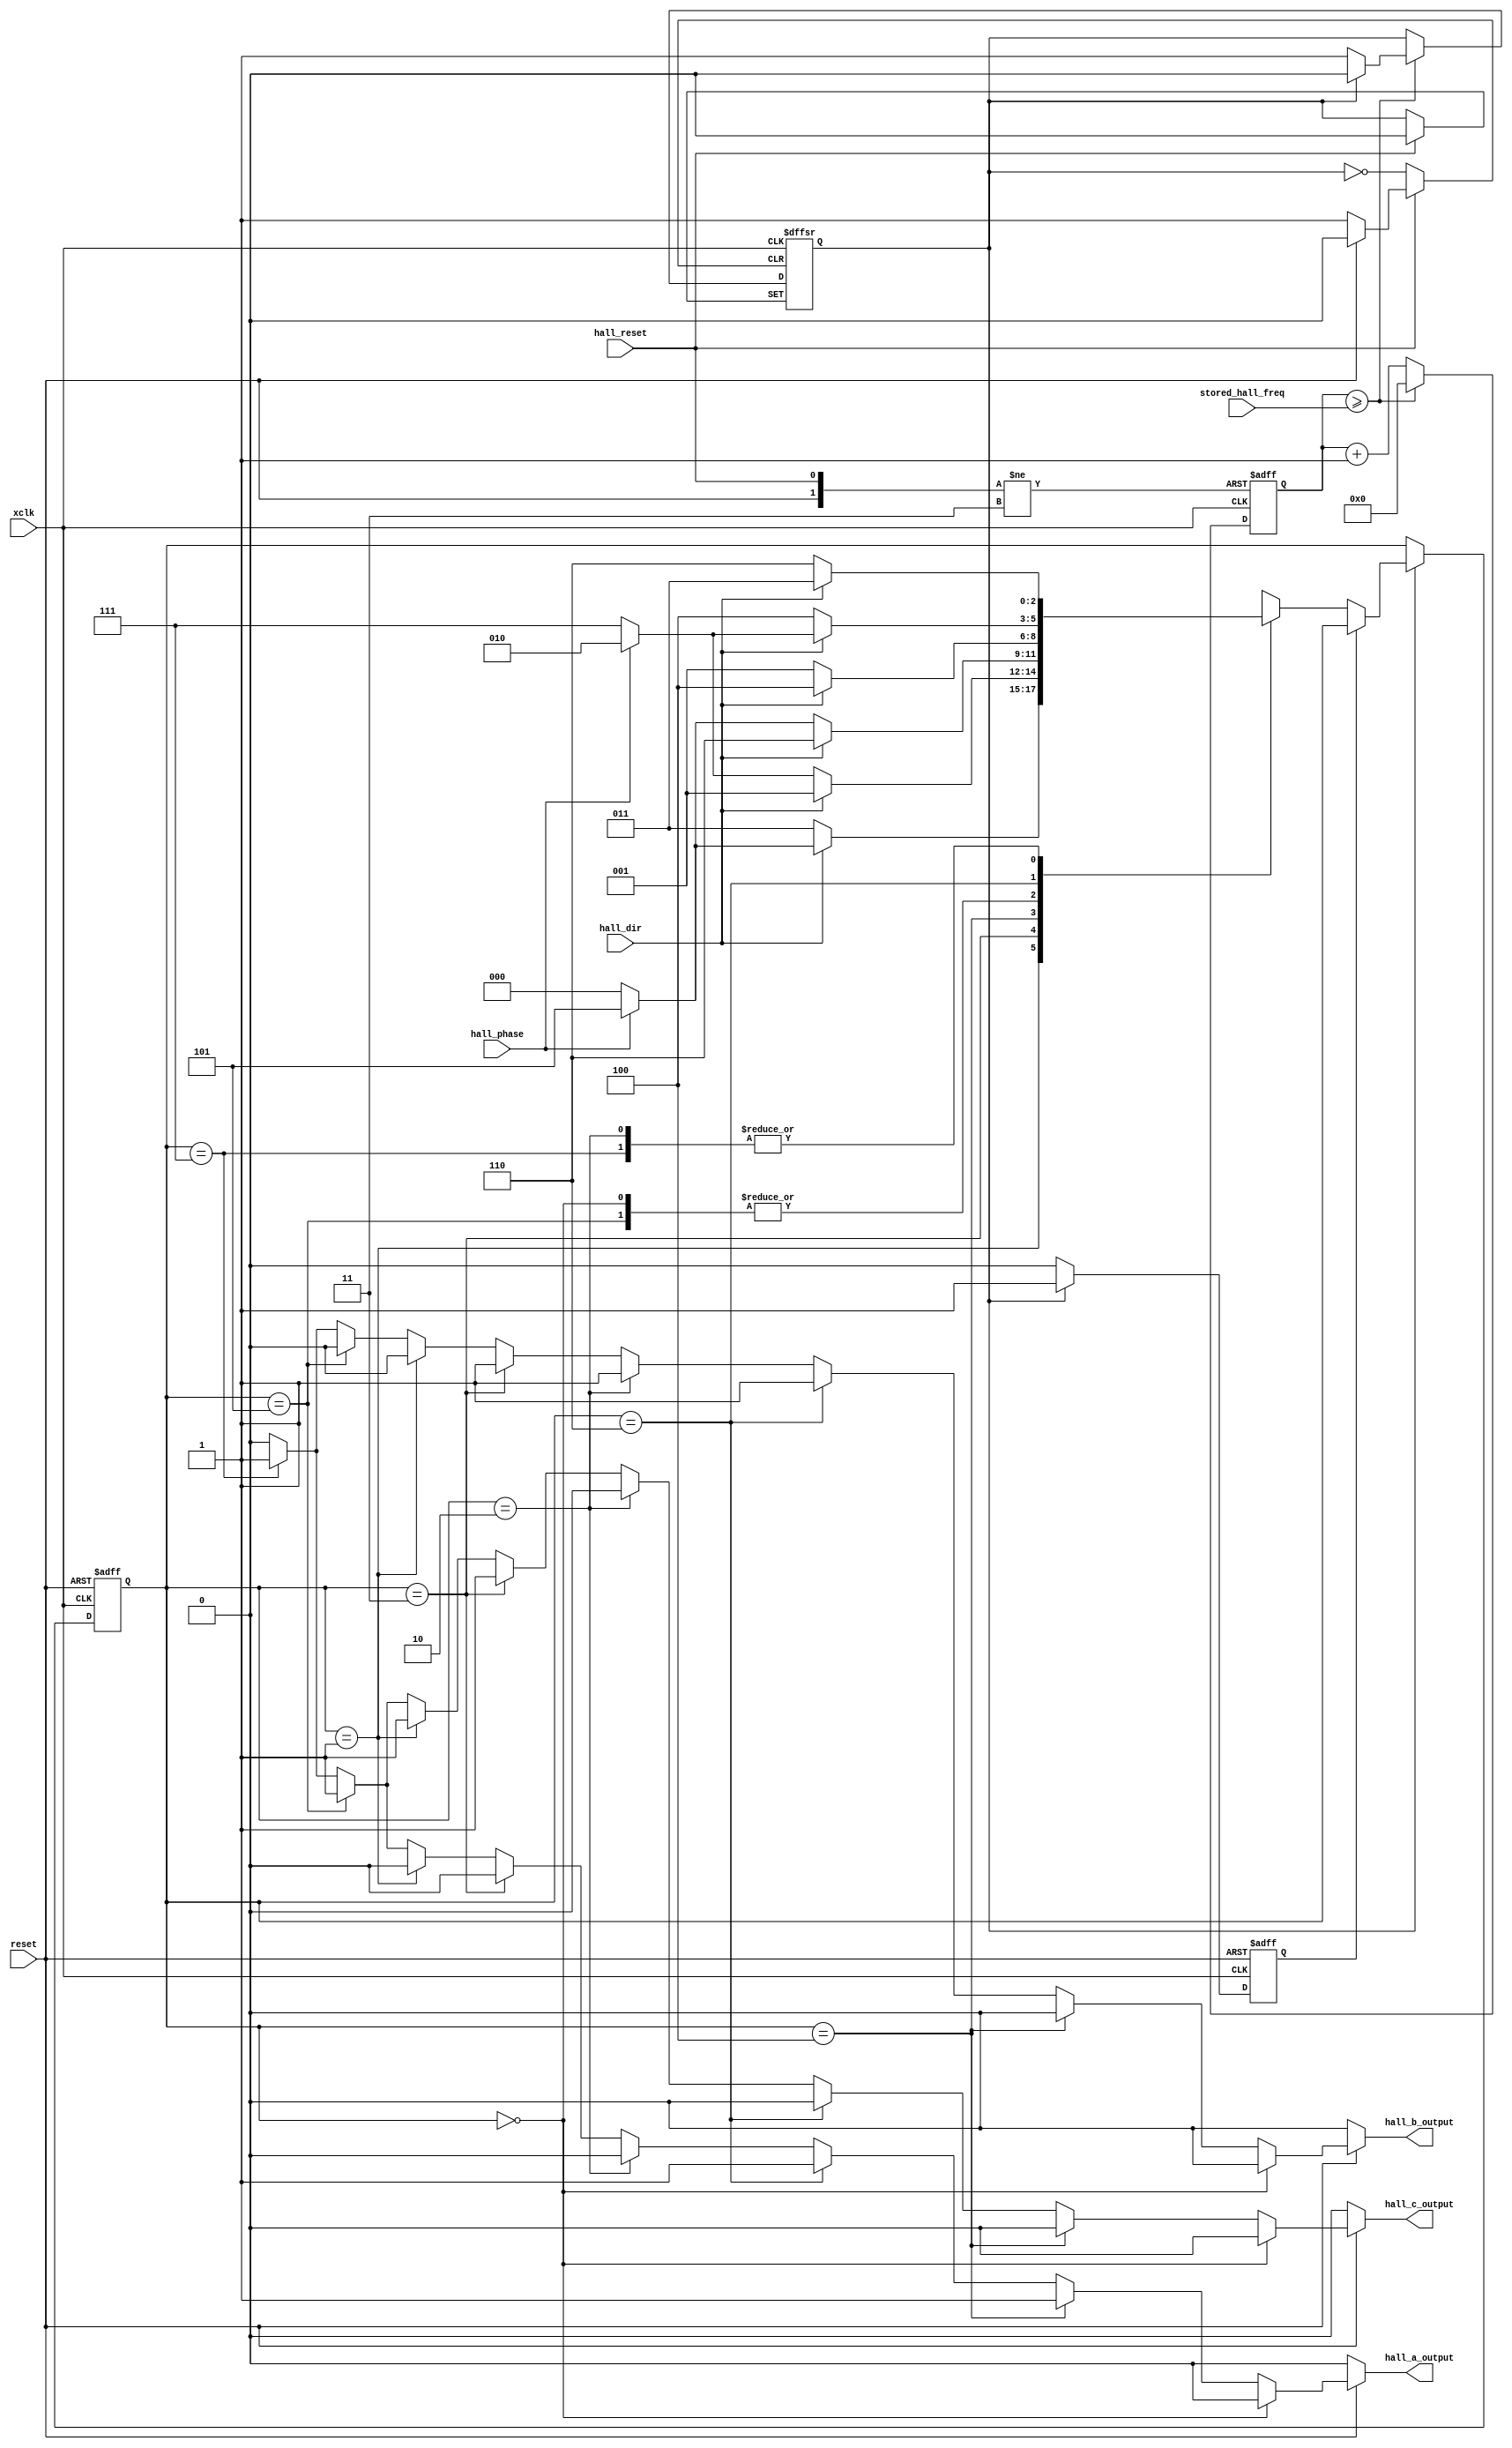
module DO_Hall(
		input reset,
		input xclk,           // 75MHz
//		output [3:0] testpoint, 				// optional outputs for debug to testpoints
														//   consult higher-level module to see if connections are instantiated
		input [31:0]stored_hall_freq,			// 32-bit count of clocks per cycle
		output hall_a_output,						// 1 bit output Hall A
		output hall_b_output,						// 1 bit output Hall B
		output hall_c_output,						// 1 bit output Hall C
		input hall_dir,        // Direction: 0 = CW, 1 = CCW
		input hall_phase,      // Phase: 0 = 60 degree phasing, 1 = 120 degree phasing
		input hall_reset       // low when DSP is changing period
   );

   wire reset_combo;
	assign reset_combo = (reset & hall_reset);

//-----------------------------------------------------------------------
//-- Creates Hall clk for Hall state machine based on MASTER_CLK       --
//-- f(hall_clk) = f(master_clk) / 2 (hall_freq bits + 1)              --
//----------------------------------------------------------------------- 
	reg hall_internal_clk;
	reg [31:0]hall_counter;
	
   always @(posedge xclk or negedge reset or negedge hall_reset)
      if (!reset) begin
		   hall_counter <= 32'h000000000;
			hall_internal_clk <= 1'b0;
      end else if (!hall_reset) begin
		   hall_counter <= 32'h000000000;
			// hall_internal_clock <= 1'b0; // don't alter clock level on write from DSP
      end else if (hall_counter >= stored_hall_freq) begin
		   hall_counter <= 32'h000000000;
			if (hall_internal_clk == 1'b0) begin
			   hall_internal_clk <= 1'b1;
			end else begin
			   hall_internal_clk <= 1'b0;
			end
		end else begin
			hall_counter <= hall_counter + 1;
		end
	
//------------------------------------------------------ 
//-- Hall State Machine based on Hall clk             --
//-- f(hall) = f(master_clk) / 12 (hall_freq_bits + 1)--
//------------------------------------------------------     

	parameter [2:0]STATE_000	= 3'b000;
	parameter [2:0]STATE_100	= 3'b100;
	parameter [2:0]STATE_110	= 3'b110;
	parameter [2:0]STATE_010	= 3'b010;
	parameter [2:0]STATE_011	= 3'b011;
	parameter [2:0]STATE_001	= 3'b001;
	parameter [2:0]STATE_101	= 3'b101;
	parameter [2:0]STATE_111	= 3'b111;

	reg [2:0]hall_pres_state;
	reg hall_rising_edge;
	reg hall_falling_edge;
	reg stmac_saw_hall_clk_rising_edge;
	
   always @(posedge xclk or negedge reset)
      if (!reset) begin
		   hall_pres_state <= STATE_000;
			stmac_saw_hall_clk_rising_edge <= 1'b0;
		end else if(hall_internal_clk == 1'b1) begin
			if (stmac_saw_hall_clk_rising_edge == 1'b0) 	begin // rising edge on hall_internal_clock
				stmac_saw_hall_clk_rising_edge <= 1'b1;
				case (hall_pres_state)
					(STATE_000)	: 
						begin
							if (hall_dir == 1'b1) begin
								hall_pres_state <= STATE_100;
							end else begin
								hall_pres_state <= STATE_001;
							end
						end
					(STATE_001)	: 
						begin
							if (hall_dir == 1'b0) begin
								hall_pres_state <= STATE_011;
							end else if (hall_phase == 1'b1) begin
								hall_pres_state <= STATE_101;
							end else begin
								hall_pres_state <= STATE_000;
							end
						end
					(STATE_010)	: 
						begin
							if (hall_dir == 1'b1) begin
								hall_pres_state <= STATE_011;
							end else begin
								hall_pres_state <= STATE_110;
							end
						end
					(STATE_011)	: 
						begin
							if (hall_dir == 1'b1) begin
								hall_pres_state <= STATE_001;
							end else if (hall_phase == 1'b1) begin
								hall_pres_state <= STATE_010;
							end else begin
								hall_pres_state <= STATE_111;
							end
						end
					(STATE_100)	: 
						begin
							if (hall_dir == 1'b1) begin
								hall_pres_state <= STATE_110;
							end else if (hall_phase == 1'b1) begin
								hall_pres_state <= STATE_101;
							end else begin
								hall_pres_state <= STATE_000;
							end
						end
					(STATE_101)	: 
						begin
							if (hall_dir == 1'b1) begin
								hall_pres_state <= STATE_100;
							end else begin
								hall_pres_state <= STATE_001;
							end
						end
					(STATE_110)	: 
						begin
							if (hall_dir == 1'b0) begin
								hall_pres_state <= STATE_100;
							end else if (hall_phase == 1'b1) begin
								hall_pres_state <= STATE_010;
							end else begin
								hall_pres_state <= STATE_111;
							end
						end
					(STATE_111)	: 
						begin
							if (hall_dir == 1'b1) begin
								hall_pres_state <= STATE_011;
							end else begin
								hall_pres_state <= STATE_110;
							end
						end
					
				endcase
         end
					
		end else begin
			// hall_internal_clock == 1'b0
			stmac_saw_hall_clk_rising_edge <= 1'b0;
		end
	
//---------------------------------------------------------- 
//-- Generate Hall outputs based on the State Variable --
//--                                                      --
//----------------------------------------------------------
	wire hall_a_output_wire;
	wire hall_b_output_wire;
	wire hall_c_output_wire;
	// Note syntax for "conditional" expression:
	//   ?: Conditional Assigns one of two values depending on the conditional expression. 
   //   E. g., A = C>D ? B+3 : B-2 means 
   //   if C greater than D, the value of A is B+3 otherwise B-2.
	assign hall_a_output = (reset == 1'b0) ? 1'b0   // ~reset --> DO Disabled Mode
	                                        : hall_a_output_wire;
	assign hall_b_output = (reset == 1'b0) ? 1'b0   // ~reset --> DO Disabled Mode
	                                        : hall_b_output_wire;
	assign hall_c_output = (reset == 1'b0) ? 1'b0   // ~reset --> DO Disabled Mode
	                                        : hall_c_output_wire;

//	parameter [2:0]STATE_000	= 3'b000;
//	parameter [2:0]STATE_100	= 3'b100;
//	parameter [2:0]STATE_110	= 3'b110;
//	parameter [2:0]STATE_010	= 3'b010;
//	parameter [2:0]STATE_011	= 3'b011;
//	parameter [2:0]STATE_001	= 3'b001;
//	parameter [2:0]STATE_101	= 3'b101;
//	parameter [2:0]STATE_111	= 3'b111;

   assign hall_a_output_wire = (hall_pres_state == STATE_000) ? 1'b0
	                           : (hall_pres_state == STATE_100) ? 1'b1
	                           : (hall_pres_state == STATE_110) ? 1'b1
	                           : (hall_pres_state == STATE_010) ? 1'b0
	                           : (hall_pres_state == STATE_011) ? 1'b0
	                           : (hall_pres_state == STATE_001) ? 1'b0
	                           : (hall_pres_state == STATE_101) ? 1'b1
	                           : (hall_pres_state == STATE_111) ? 1'b1
	                           : 1'b0;

   assign hall_b_output_wire = (hall_pres_state == STATE_000) ? 1'b0
	                           : (hall_pres_state == STATE_100) ? 1'b0
	                           : (hall_pres_state == STATE_110) ? 1'b1
	                           : (hall_pres_state == STATE_010) ? 1'b1
	                           : (hall_pres_state == STATE_011) ? 1'b1
	                           : (hall_pres_state == STATE_001) ? 1'b0
	                           : (hall_pres_state == STATE_101) ? 1'b0
	                           : (hall_pres_state == STATE_111) ? 1'b1
	                           : 1'b0;

   assign hall_c_output_wire = (hall_pres_state == STATE_000) ? 1'b0
	                           : (hall_pres_state == STATE_100) ? 1'b0
	                           : (hall_pres_state == STATE_110) ? 1'b0
	                           : (hall_pres_state == STATE_010) ? 1'b0
	                           : (hall_pres_state == STATE_011) ? 1'b1
	                           : (hall_pres_state == STATE_001) ? 1'b1
	                           : (hall_pres_state == STATE_101) ? 1'b1
	                           : (hall_pres_state == STATE_111) ? 1'b1
	                           : 1'b0;


endmodule